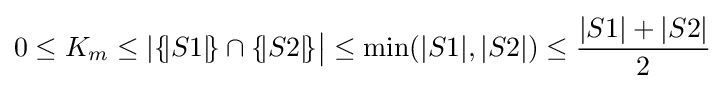
0\leq K_{m}\leq |\{\!\vert S1\vert \!\}\cap \{\!\vert S2\vert \!\}{\big |}\leq \min(|S1|,|S2|)\leq {\frac {|S1|+|S2|}{2}}